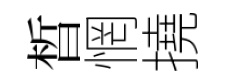
晳惘撓